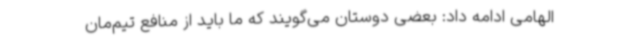
الهامی ادامه داد: بعضی‌ دوستان می‌گویند که ما باید از منافع تیم‌مان